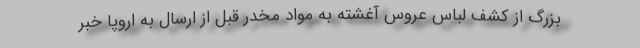
بزرگ از کشف لباس عروس آغشته به مواد مخدر قبل از ارسال به اروپا خبر